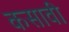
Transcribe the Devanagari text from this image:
कसावी